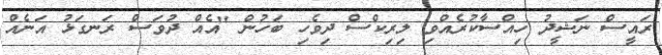
ރައީސް ނަޝީދު ހިއްސާކުރެއްވި ލިރިކްސް ދިވެހި ބަހުން "އެއް ދުވަސް ރަނގަޅު އަނެއް